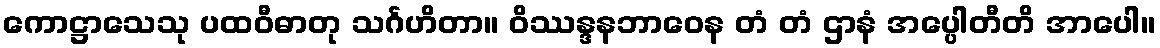
ကောဋ္ဌာသေသု ပထဝီဓာတု သင်္ဂဟိတာ။ ဝိဿန္ဒနဘာဝေန တံ တံ ဌာနံ အပ္ပေါတီတိ အာပေါ။